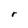
Character: r